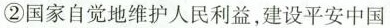
②国家自觉地维护人民利益，建设平安中国